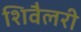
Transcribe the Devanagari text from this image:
शिवैलरी